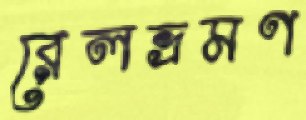
রেলভ্রমণ